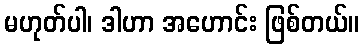
မဟုတ်ပါ၊ ဒါဟာ အဟောင်း ဖြစ်တယ်။